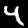
Label: 4